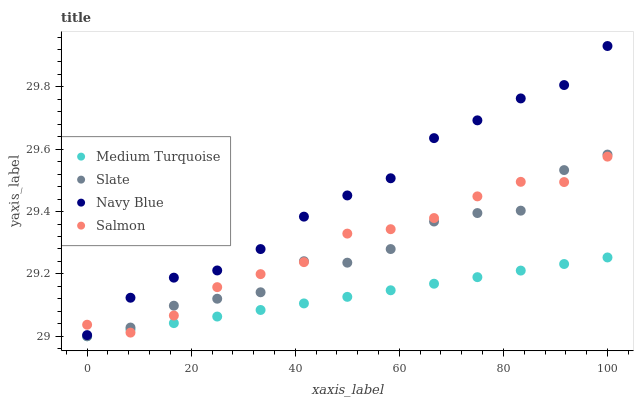
| xaxis_label | Medium Turquoise | Slate | Navy Blue | Salmon |
 | --- | --- | --- | --- | --- |
 | 0 | 29 | 29 | 29 | 29 |
 | 8.33 | 29 | 29 | 29.1 | 29 |
 | 16.7 | 29 | 29.1 | 29.2 | 29.1 |
 | 25 | 29.1 | 29.1 | 29.2 | 29.2 |
 | 33.3 | 29.1 | 29.1 | 29.3 | 29.2 |
 | 41.7 | 29.1 | 29.2 | 29.4 | 29.2 |
 | 50 | 29.1 | 29.2 | 29.5 | 29.3 |
 | 58.3 | 29.1 | 29.3 | 29.5 | 29.3 |
 | 66.7 | 29.2 | 29.4 | 29.6 | 29.4 |
 | 75 | 29.2 | 29.4 | 29.7 | 29.4 |
 | 83.3 | 29.2 | 29.4 | 29.8 | 29.5 |
 | 91.7 | 29.2 | 29.5 | 29.8 | 29.5 |
 | 100 | 29.3 | 29.6 | 29.9 | 29.6 |